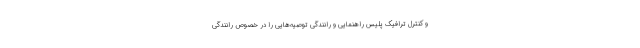
و کنترل ترافیک پلیس راهنمایی و رانندگی توصیه‌هایی را در خصوص رانندگی